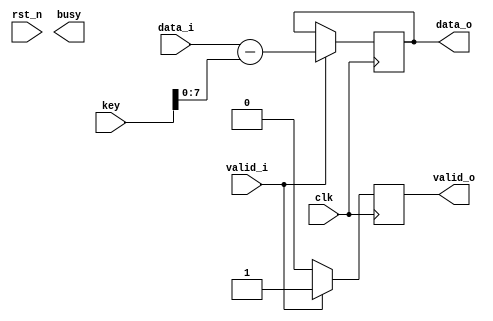
`timescale 1ns / 1ps
module caesar_decryption#(
				parameter D_WIDTH = 8,
				parameter KEY_WIDTH = 16
			)(
			// Clock and reset interface
			input clk,
			input rst_n,
			
			// Input interface
			input[D_WIDTH - 1:0] data_i,
			input valid_i,
			
			// Decryption Key
			input[KEY_WIDTH - 1 : 0] key,
			
			// Output interface
			output reg[D_WIDTH - 1:0] data_o,
			output busy,
			output reg valid_o
    );

	 always @(posedge clk) begin // pe frontul crescator al semnalului de ceas
		if(valid_i) begin // daca input-ul valid_i este 1
			data_o <= data_i - key; // scad din data_i cheia de decriptare si pun rezultatul din data_o
			valid_o <= 1; // setez pe 1 semnalul valid_o
		end
		else begin // altfel, setez pe 0 semnalul valid_o
		valid_o <= 0;
		end
	 end

endmodule